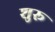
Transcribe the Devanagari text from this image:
शुरू